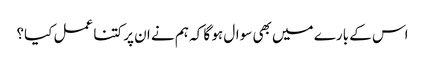
اس کے بارے میں بھی سوال ہو گا کہ ہم نے ان پر کتنا عمل کیا؟